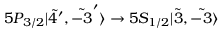
5 P _ { 3 / 2 } | \Tilde { 4 } ^ { \prime } , \Tilde { - 3 } ^ { \prime } \rangle \rightarrow 5 S _ { 1 / 2 } | \Tilde { 3 } , \Tilde { - 3 } \rangle